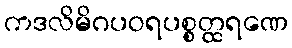
ကဒလိမိဂပဝရပစ္စတ္ထရဏေ